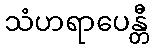
သံဟရာပေန္တီ